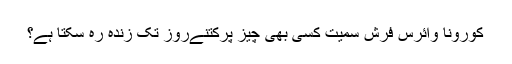
کورونا وائرس فرش سمیت کسی بھی چیز پرکتنےروز تک زندہ رہ سکتا ہے؟